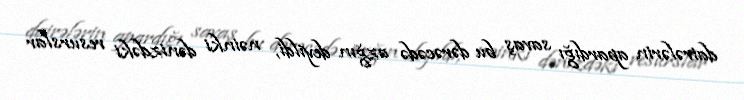
dairələrin apardığı savaş bu dərəcədə azğın deyildi, nəinki dənizdəki resurslar